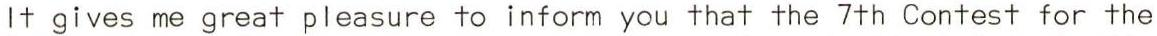
It gives me great pleasure to inform you that the 7th Contest for the